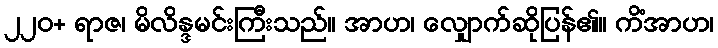
၂၂၀+ ရာဇ၊ မိလိန္ဒမင်းကြီးသည်။ အာဟ၊ လျှောက်ဆိုပြန်၏။ ကိံအာဟ၊